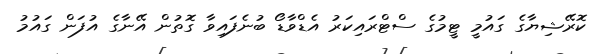
ކޮރޭޝިޔާގެ ގައުމީ ޓީމުގެ ސްޓްރައިކަރު އެޑްވާޑޯ ބުނެފައިވާ ގޮތުން އޭނާގެ އުފަން ގައުމު